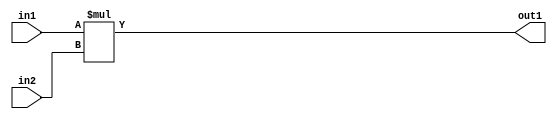
`timescale 1ps / 1ps
/*****************************************************************************
    Verilog RTL Description
    
    
    Created by: Stratus DpOpt 21.05.01 
*******************************************************************************/

module SobelFilter_Mul_24Ux24U_33U_4 (
	in2,
	in1,
	out1
	); /* architecture "behavioural" */ 
input [23:0] in2,
	in1;
output [32:0] out1;
wire [32:0] asc001;

assign asc001 = 
	+(in1 * in2);

assign out1 = asc001;
endmodule

/* CADENCE  urnxSQs= : u9/ySxbfrwZIxEzHVQQV8Q== ** DO NOT EDIT THIS LINE ******/